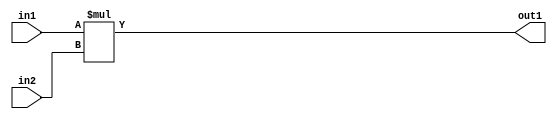
`timescale 1ps / 1ps
/*****************************************************************************
    Verilog RTL Description
    
    
    Created by: Stratus DpOpt 21.05.01 
*******************************************************************************/

module SobelFilter_Mul_24Ux24U_33U_4 (
	in2,
	in1,
	out1
	); /* architecture "behavioural" */ 
input [23:0] in2,
	in1;
output [32:0] out1;
wire [32:0] asc001;

assign asc001 = 
	+(in1 * in2);

assign out1 = asc001;
endmodule

/* CADENCE  urnxSQs= : u9/ySxbfrwZIxEzHVQQV8Q== ** DO NOT EDIT THIS LINE ******/